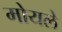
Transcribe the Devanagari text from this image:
मोयले